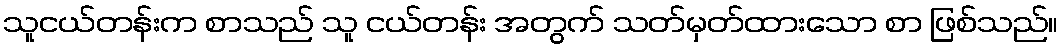
သူငယ်တန်းက စာသည် သူ ငယ်တန်း အတွက် သတ်မှတ်ထားသော စာ ဖြစ်သည်။